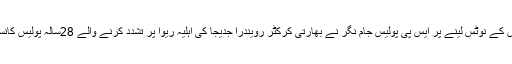
23 مئی2018ء) وزیرا عظم آفس کے نوٹس لینے پر ایس پی پولیس جام نگر نے بھارتی کرکٹر رویندرا جدیجا کی اہلیہ ریوا پر تشدد کرنے والے 28سالہ پولیس کانسٹیبل سنجے آہیر کو معطل کردیا۔